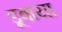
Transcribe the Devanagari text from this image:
डूबाया